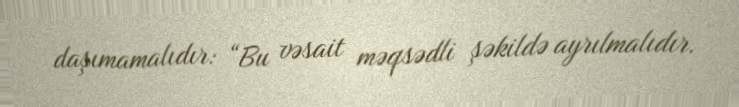
daşımamalıdır: “Bu vəsait məqsədli şəkildə ayrılmalıdır.